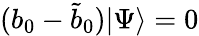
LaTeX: (b_{0}-{\tilde{b}}_{0})|\Psi\rangle=0